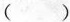
( )